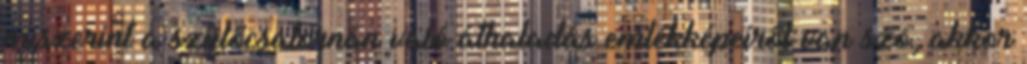
miszerint a szülőcsatornán való áthaladás emlékképeiről van szó, akkor